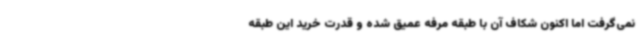
نمی‌گرفت اما اکنون شکاف آن با طبقه مرفه عمیق شده و قدرت خرید این طبقه